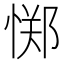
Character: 𫺫